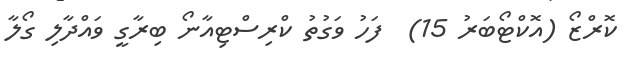
ކޮރްޒޯ (އޮކްޓޯބަރު 15)  ފަހު ވަގުތު ކްރިސްޓިއާނޯ ބިރާގީ ވައްދާލި ގޯލާ